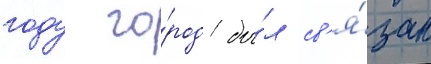
году го́род бы́л св'я́зан